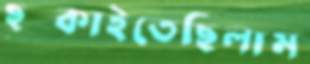
ছট্‌কাইতেছিলাম